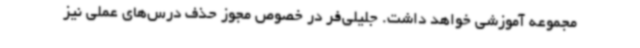
مجموعه آموزشی خواهد داشت. جلیلی‌فر در خصوص مجوز حذف درس‌های عملی نیز